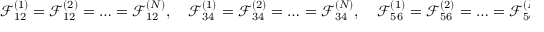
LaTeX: \mathcal { F } _ { 1 2 } ^ { ( 1 ) } = \mathcal { F } _ { 1 2 } ^ { ( 2 ) } = \ldots = \mathcal { F } _ { 1 2 } ^ { ( N ) } , \quad \mathcal { F } _ { 3 4 } ^ { ( 1 ) } = \mathcal { F } _ { 3 4 } ^ { ( 2 ) } = \ldots = \mathcal { F } _ { 3 4 } ^ { ( N ) } , \quad \mathcal { F } _ { 5 6 } ^ { ( 1 ) } = \mathcal { F } _ { 5 6 } ^ { ( 2 ) } = \ldots = \mathcal { F } _ { 5 6 } ^ { ( N ) } .